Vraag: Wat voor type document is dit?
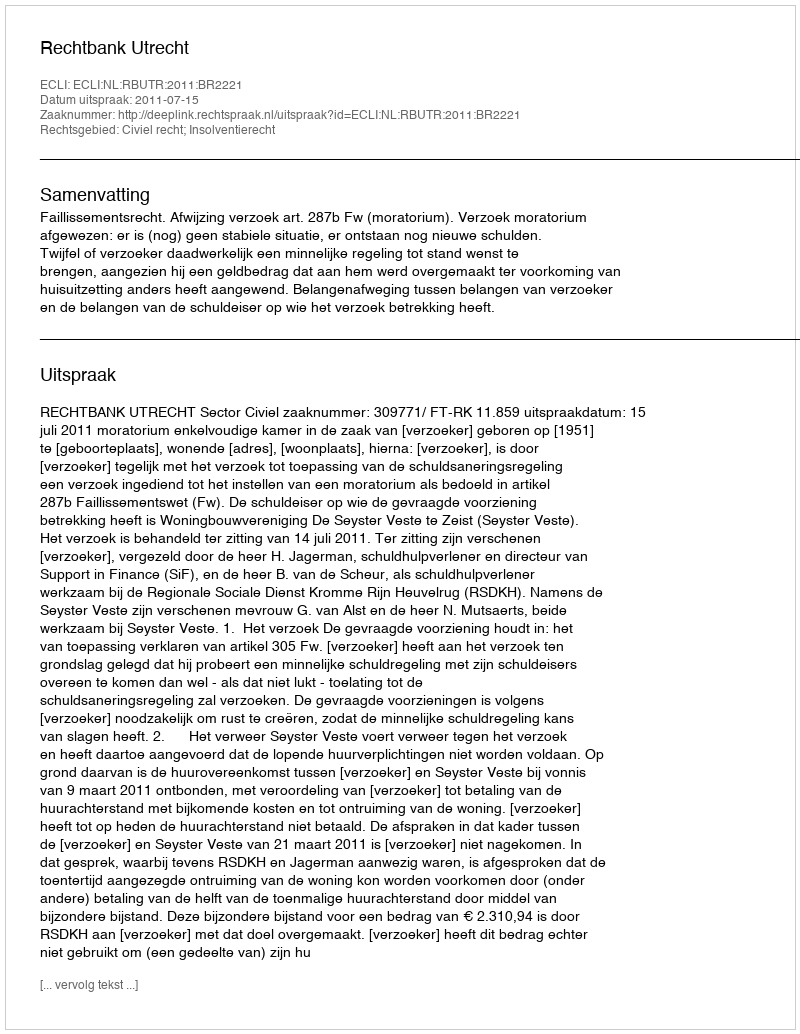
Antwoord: Uitspraak